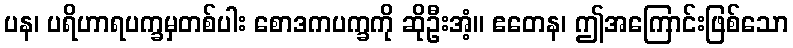
ပန၊ ပရိဟာရပက္ခမှတစ်ပါး စောဒကပက္ခကို ဆိုဦးအံ့။ ဧတေန၊ ဤအကြောင်းဖြစ်သော